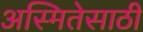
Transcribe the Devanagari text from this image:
अस्मितेसाठी